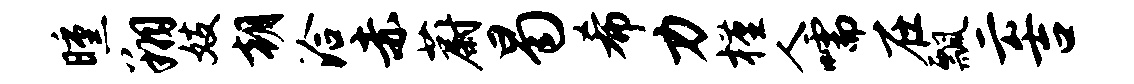
曛翔妓朝洽赤蔚曷希力槿人嚅在瓢云吉